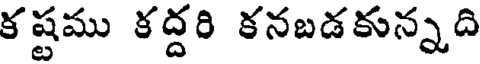
కష్టము కద్దరి కనబడకున్నది